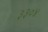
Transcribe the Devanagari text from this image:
३३०४